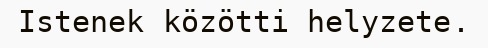
Istenek közötti helyzete.